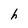
Character: h